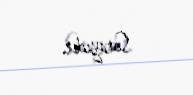
Sarayıdır.